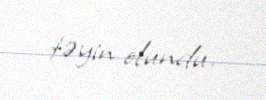
təyin olundu.